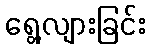
ရွေ့လျားခြင်း